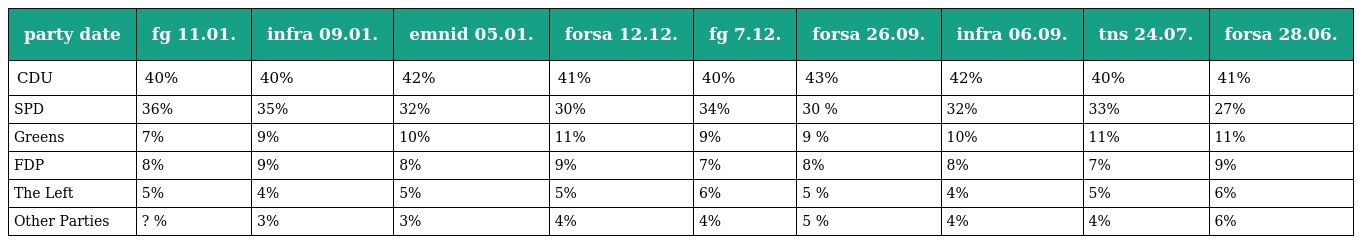
| party date | fg 11.01. | infra 09.01. | emnid 05.01. | forsa 12.12. | fg 7.12. | forsa 26.09. | infra 06.09. | tns 24.07. | forsa 28.06. |
 | --- | --- | --- | --- | --- | --- | --- | --- | --- | --- |
 | CDU | 40% | 40% | 42% | 41% | 40% | 43% | 42% | 40% | 41% |
 | SPD | 36% | 35% | 32% | 30% | 34% | 30 % | 32% | 33% | 27% |
 | Greens | 7% | 9% | 10% | 11% | 9% | 9 % | 10% | 11% | 11% |
 | FDP | 8% | 9% | 8% | 9% | 7% | 8% | 8% | 7% | 9% |
 | The Left | 5% | 4% | 5% | 5% | 6% | 5 % | 4% | 5% | 6% |
 | Other Parties | ? % | 3% | 3% | 4% | 4% | 5 % | 4% | 4% | 6% |